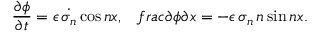
\frac { \partial \phi } { \partial t } = \epsilon \, \dot { \sigma _ { n } } \cos n x , \ \ \, f r a c { \partial \phi } { \partial x } = - \epsilon \, \sigma _ { n } \, n \sin n x .